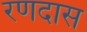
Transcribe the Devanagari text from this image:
रणदास